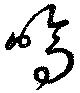
鳴